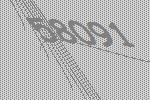
58091